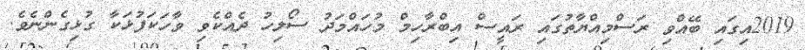
2019އިގައި ބޭއްވި ރަސްމިއްޔާތުގައި ރައީސް އިބްރާހިމް މުހައްމަދު ސޯލިހު ދެއްކެވި ވާހަކަފުޅަކާ ގުޅިގެންނެވެ.